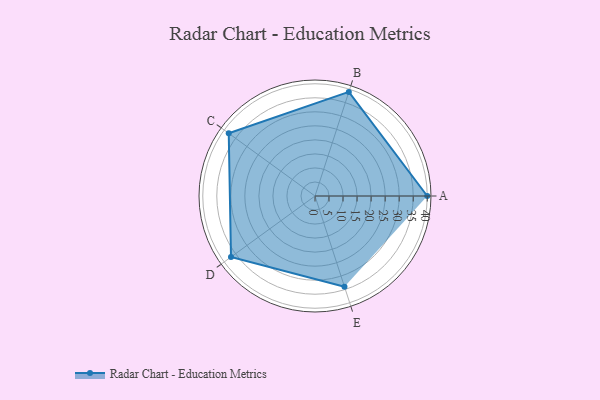
{"axis": {"x": "Skill", "y": "Score"}, "legend": ["Profile"], "data": [{"x": "A", "y": 40.0, "type": "Profile"}, {"x": "B", "y": 39.0, "type": "Profile"}, {"x": "C", "y": 38.0, "type": "Profile"}, {"x": "D", "y": 37.0, "type": "Profile"}, {"x": "E", "y": 34.0, "type": "Profile"}]}